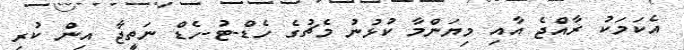
އެކަމަކު ރާއްޖެ އާއި މިޔަންމާ ކުޅުނު މެޗުގެ ހެޑް-ޓު-ހެޑް ނަތީޖާ އިން ކުރި